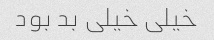
خیلی خیلی بد بود